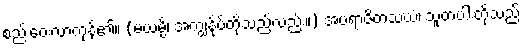
စည်းဝေးလာကုန်၏။ (မယမ္ပိ၊ အကျွန်ုပ်တို့သည်လည်း။) အပရာဇိတသံဃံ၊ သူတပါးတို့သည်